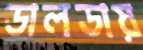
ডালডায়